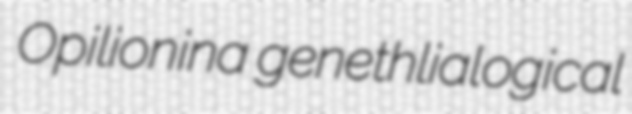
Opilionina genethlialogical